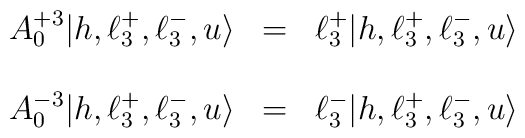
\begin{array}{lll}A^{+3}_{0}|h,\ell^{+}_{3},\ell^{-}_{3},u \rangle & = &    \ell^{+}_{3} |h,\ell^{+}_{3},\ell^{-}_{3},u \rangle \\          \ & \  \\A^{-3}_{0}|h,\ell^{+}_{3},\ell^{-}_{3},u \rangle & = &   \ell^{-}_{3} |h,\ell^{+}_{3},\ell^{-}_{3},u \rangle\end{array}